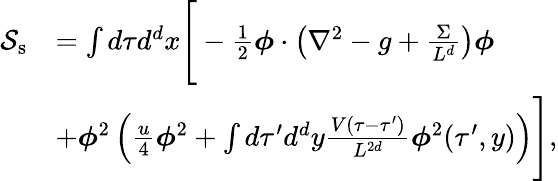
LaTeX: \begin{array}{rl}{\mathcal{S}_{\mathrm{s}}}&{=\int d\tau d^{d}x\Bigg[-\frac{1}{2}\boldsymbol{\phi}\cdot\left(\nabla^{2}-g+\frac{\Sigma}{L^{d}}\right)\boldsymbol{\phi}}\\ &{+\boldsymbol{\phi}^{2}\left(\frac{u}{4}\boldsymbol{\phi}^{2}+\int d\tau^{\prime}d^{d}y\frac{V(\tau-\tau^{\prime})}{L^{2d}}\boldsymbol{\phi}^{2}(\tau^{\prime},y)\right)\Bigg],}\end{array}